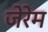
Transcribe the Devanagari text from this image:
जेरेम